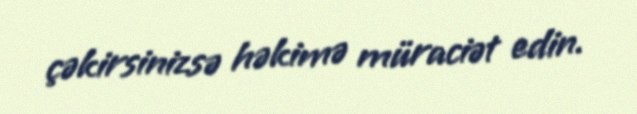
çəkirsinizsə həkimə müraciət edin.